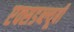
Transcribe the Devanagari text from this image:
एक्सडब्ल्यूबी